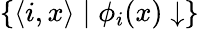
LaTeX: \{ \langle i,x\rangle\mid\phi_{i}(x)\downarrow\}